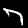
Label: 7